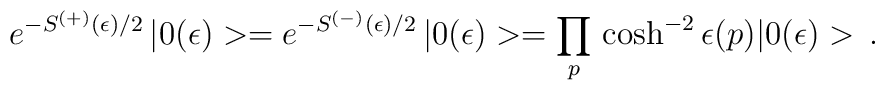
e^{-S^{(+)}(\epsilon)/2}\,|0(\epsilon)>= e^{-S^{(-)}(\epsilon)/2}\,|0(\epsilon)> = \prod_p\,\cosh^{-2} \epsilon(p)|0(\epsilon)>\,.